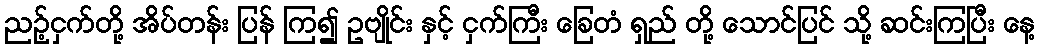
ညဉ့်ငှက်တို့ အိပ်တန်း ပြန် ကြ၍ ဥဗျိုင်း နှင့် ငှက်ကြီး ခြေတံ ရှည် တို့ သောင်ပြင် သို့ ဆင်းကြပြီး နေ့